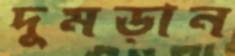
দুমড়ান